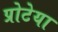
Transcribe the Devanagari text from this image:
प्रोटेया